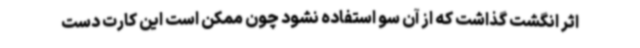
اثر انگشت گذاشت که از آن سو استفاده نشود چون ممکن است این کارت دست